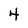
Character: 4